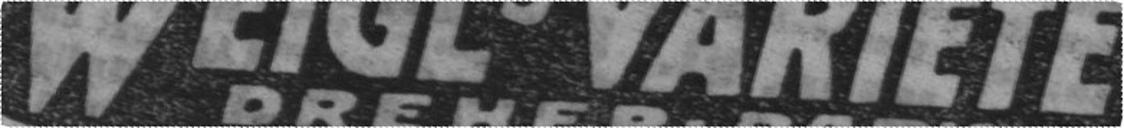
WEIGL'S VARIÉTÉ